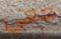
معي